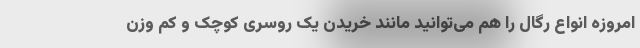
امروزه انواع رگال را هم می‌توانید مانند خریدن یک روسری کوچک و کم وزن